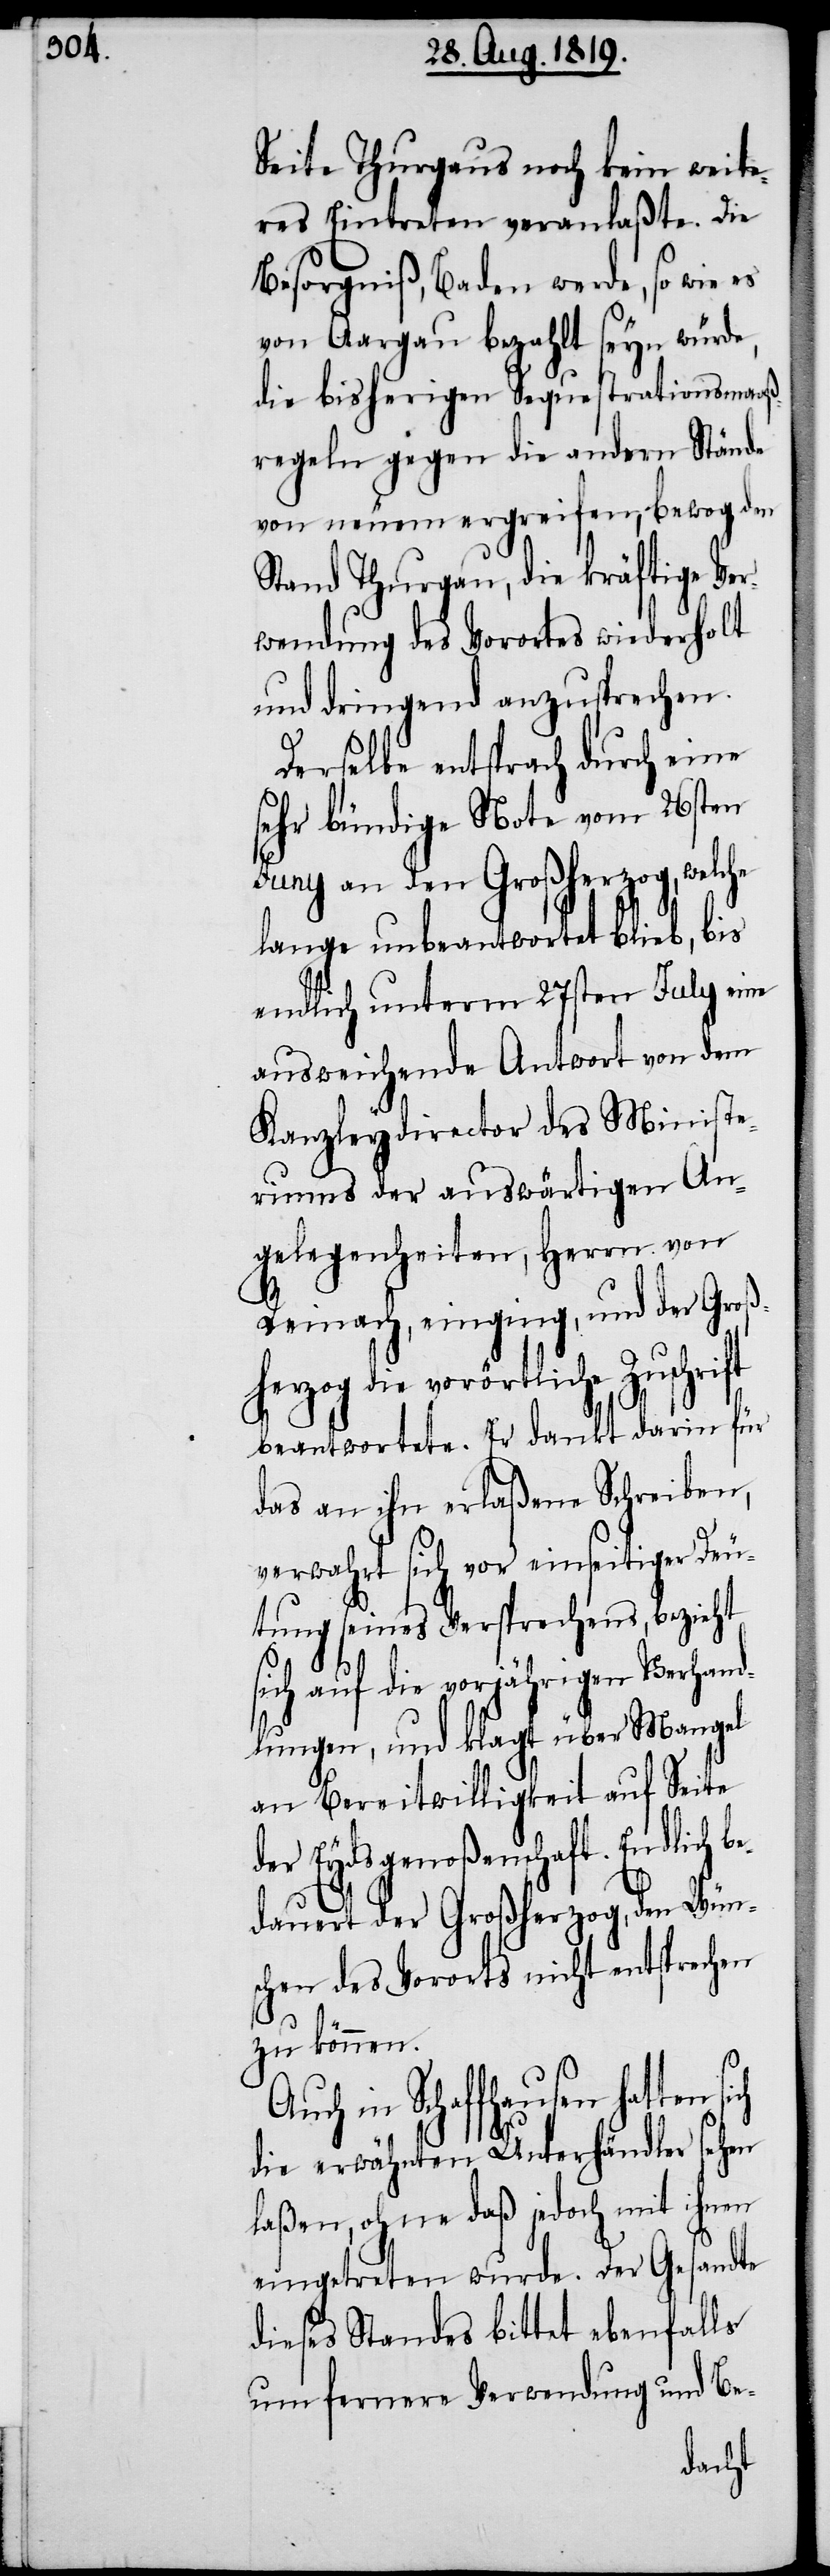
Seite Thurgaus noch kein weite¬
res Eintreten veranlaßte. Die
Besorgniß, Baden werde, so wie es
von Aargau bezahlt seyn würde,
die bisherigen Sequestrationsmaaß¬
regeln gegen die andern Stände
von neuem ergreifen, bewog den
Stand Thurgau, die kräftige Ver¬
wendung des Vorortes wiederholt
und dringend anzusprechen.
Derselbe entsprach durch eine
sehr bündige Note vom 26sten
Juny an den Großherzog, welche
lange unbeantwortet blieb, bis
endlich unterm 27sten July eine
ausweichende Antwort von dem
Kanzleydirector des Ministe¬
riums der auswärtigen An¬
gelegenheiten, Herrn von
Reinach, einging, und der Groß¬
herzog die vorörtliche Zuschrift
beantwortete. Er dankt darin für
das an ihn erlaßene Schreiben,
verwahrt sich vor einseitiger Deu¬
tung seines Versprechens, bezieht
sich auf die vorjährigen Verhand¬
lungen, und klagt über Mangel
an Bereitwilligkeit auf Seite
der Eydsgenoßenschaft. Endlich be¬
dauert der Großherzog, den Wün¬
schen des Vororts nicht entsprechen
zu können.
Auch in Schaffhausen hatten si¬
ch
die erwähnten Unterhändler sehen
laßen, ohne daß jedoch mit ihnen
eingetreten wurde. Der Gesandte
dieses Standes bittet ebenfalls
um fernere Verwedung und be-